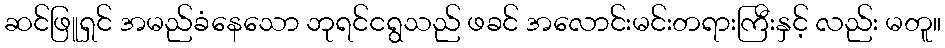
ဆင်ဖြူရှင် အမည်ခံနေသော ဘုရင်ငရွသည် ဖခင် အလောင်းမင်းတရားကြီးနှင့် လည်း မတူ။